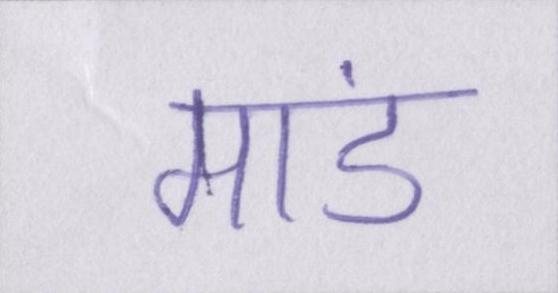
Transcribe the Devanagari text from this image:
मांड